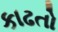
કાઢતો